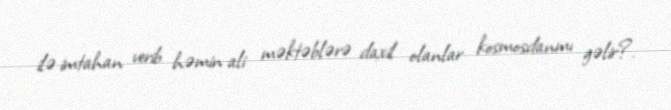
ilə imtahan verib həmin ali məktəblərə daxil olanlar kosmosdanmı gəlir?.